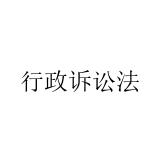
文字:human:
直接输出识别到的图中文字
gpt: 行政诉讼法